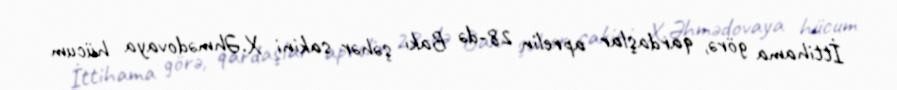
İttihama görə, qardaşlar aprelin 28-də Bakı şəhər sakini X.Əhmədovaya hücum